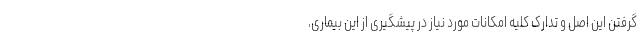
گرفتن این اصل و تدارک کلیه امکانات مورد نیاز در پیشگیری از این بیماری،